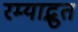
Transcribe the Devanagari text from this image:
रम्याद्भुत